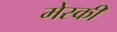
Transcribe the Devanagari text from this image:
मेस्की